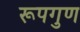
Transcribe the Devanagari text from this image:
रूपगुण